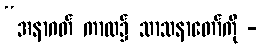
“အနာဂတ် ကာလ၌ သာသနာတော်ကို -